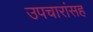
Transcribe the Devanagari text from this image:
उपचारांसह